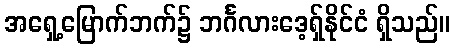
အရှေ့မြောက်ဘက်၌ ဘင်္ဂလားဒေ့ရှ်နိုင်ငံ ရှိသည်။